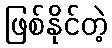
ဖြစ်နိုင်တဲ့